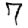
Digit: 7